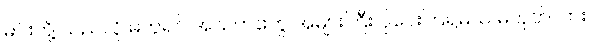
မင်းတို့ သည်လို မကူရင် အသက်တွေ အများကြီး ပိုပေးကြရမယ် မဟုတ်လား။